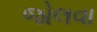
જોલવા